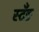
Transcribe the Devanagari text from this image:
स्टँङ